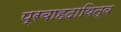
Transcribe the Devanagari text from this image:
प्रवाहदायित्व